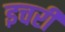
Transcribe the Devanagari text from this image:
इचरी